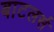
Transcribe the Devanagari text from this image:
बाटलर्स